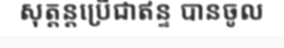
សុត្តន្តប្រើជាឥន្ទ បានចូល